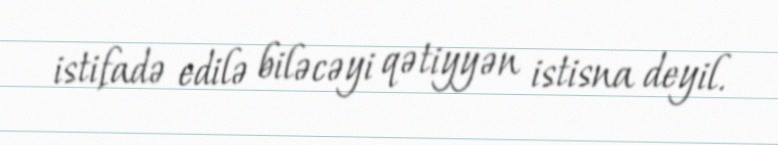
istifadə edilə biləcəyi qətiyyən istisna deyil.